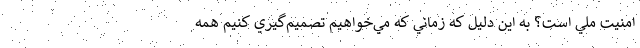
امنيت ملي است؟ به اين دليل كه زماني كه مي‌خواهيم تصميم‌گيري كنيم همه